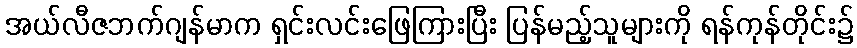
အယ်လီဇဘက်ဂျန်မာက ရှင်းလင်းဖြေကြားပြီး ပြန်မည့်သူများကို ရန်ကုန်တိုင်း၌